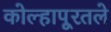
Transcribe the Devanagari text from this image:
कोल्हापूरतले